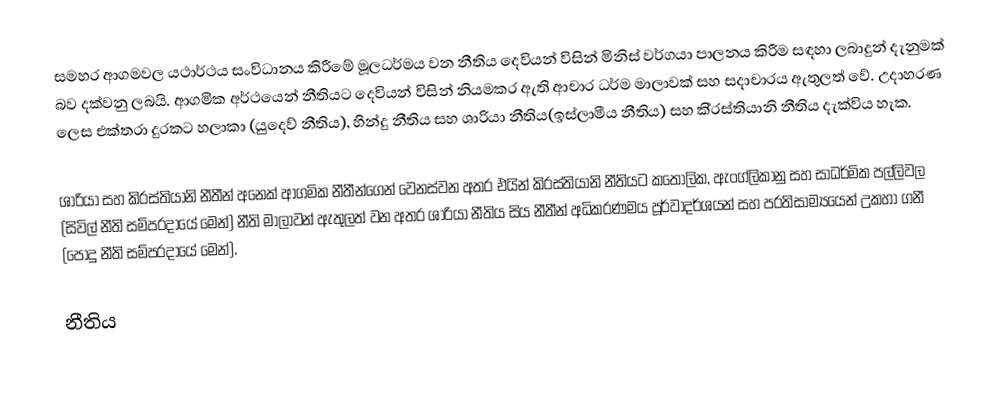
සමහර ආගමවල යථාර්ථය සංවිධානය කිරීමේ මූලධර්මය වන නීතිය දෙවියන් විසින් මිනිස් වර්ගයා පාලනය කිරීම සඳහා ලබාදුන් දැනුමක් බව දක්වනු ලබයි. ආගමික අර්ථයෙන් නීතියට දෙවියන් විසින් නියමකර ඇති ආචාර ධර්ම මාලාවක් සහ සදාචාරය ඇතුලත් වේ. උදාහරණ ලෙස එක්තරා දුරකට හලාකා (යුදෙව් නීතිය), හින්දු නීතිය සහ ශාරියා නීතිය(ඉස්ලාමීය නීතිය) සහ කි‍්‍රස්තියානි නීතිය දැක්විය හැක.

ශාරියා සහ කි‍්‍රස්තියානි නීතීන් අනෙක් ආගමික නීතීන්ගෙන් වෙනස්වන අතර එයින් කි‍්‍රස්තියානි නීතියට කතෝලික, ඇංග්ලිකානු සහ සාධර්මික පල්ලිවල (සිවිල් නීති සම්ප‍්‍රදායේ මෙන්) නීති මාලාවන් ඇතුලත් වන අතර ශාරියා නීතිය සිය නීතීන් අධිකරණමය පූර්වාදර්ශයන් සහ ප‍්‍රතිසාම්‍යයෙන් උකහා ගනී (පොදු නීති සම්ප‍්‍රදායේ මෙන්).

 නීතිය